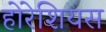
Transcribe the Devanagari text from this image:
होरेशियस